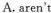
A. aren't